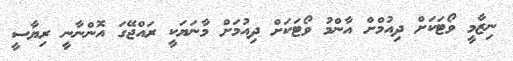
ނިޒާމީ ވޯޓަކަށް ދިއުމްށް އާންމު ވޯޓަކަށް ދިއުމަށް މާނަޔަކީ ރައްޖޭގަ އޮންނާނީ ރިޔާސީ